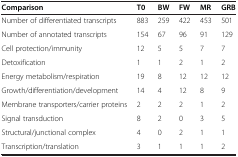
<table><thead><tr><td><b>Comparison</b></td><td><b>T0</b></td><td><b>BW</b></td><td><b>FW</b></td><td><b>MR</b></td><td><b>GRB</b></td></tr></thead><tbody><tr><td>Number of differentiated transcripts</td><td>883</td><td>259</td><td>422</td><td>453</td><td>501</td></tr><tr><td>Number of annotated transcripts</td><td>154</td><td>67</td><td>96</td><td>91</td><td>129</td></tr><tr><td>Cell protection/immunity</td><td>12</td><td>5</td><td>5</td><td>7</td><td>7</td></tr><tr><td>Detoxification</td><td>1</td><td>1</td><td>2</td><td>1</td><td>2</td></tr><tr><td>Energy metabolism/respiration</td><td>19</td><td>8</td><td>12</td><td>12</td><td>12</td></tr><tr><td>Growth/differentiation/development</td><td>14</td><td>4</td><td>12</td><td>8</td><td>9</td></tr><tr><td>Membrane transporters/carrier proteins</td><td>2</td><td>2</td><td>2</td><td>1</td><td>2</td></tr><tr><td>Signal transduction</td><td>8</td><td>2</td><td>0</td><td>3</td><td>5</td></tr><tr><td>Structural/junctional complex</td><td>4</td><td>0</td><td>2</td><td>1</td><td>1</td></tr><tr><td>Transcription/translation</td><td>3</td><td>1</td><td>1</td><td>1</td><td>2</td></tr></tbody></table>